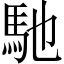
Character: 馳